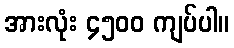
အားလုံး ၄၅၀၀ ကျပ်ပါ။